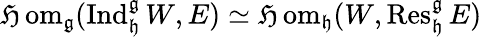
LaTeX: \operatorname{\mathfrak{H}om}_{\mathfrak{{g}}}(\operatorname{Ind}_{\mathfrak{{h}}}^{\mathfrak{{g}}}W,E)\simeq\operatorname{\mathfrak{H}om}_{\mathfrak{{h}}}(W,\operatorname{Res}_{\mathfrak{{h}}}^{\mathfrak{{g}}}E)